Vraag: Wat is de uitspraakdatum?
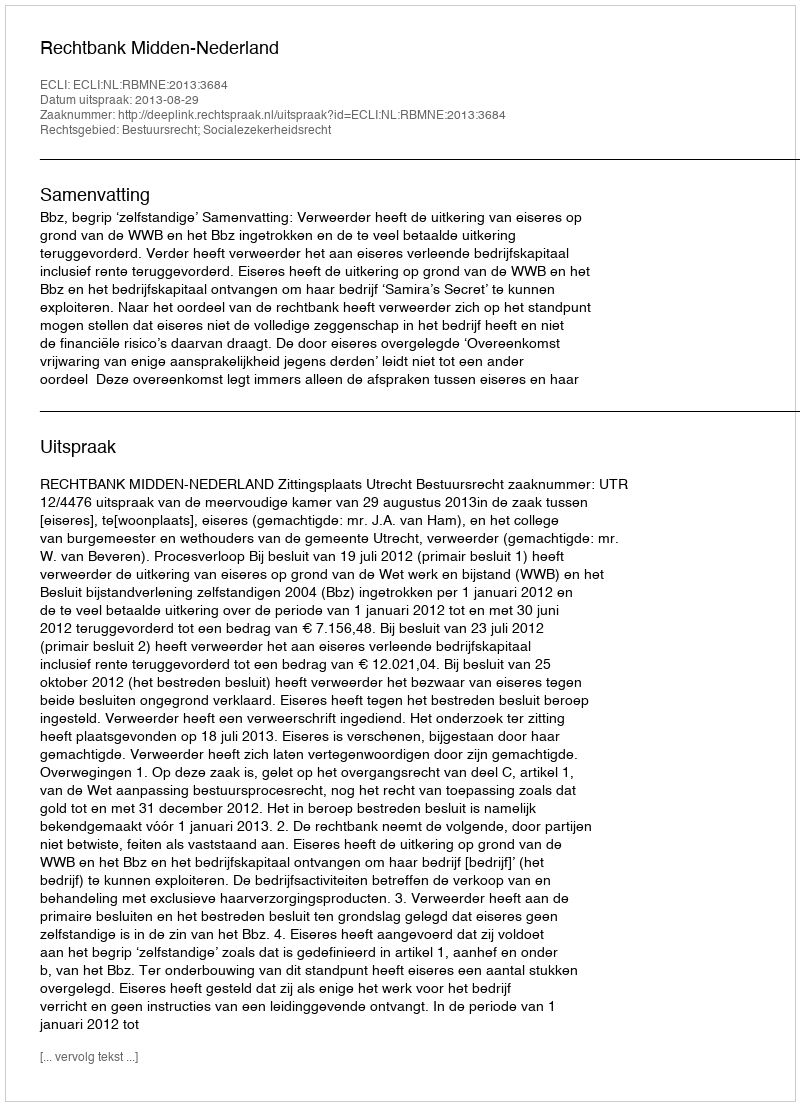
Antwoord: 2013-08-29